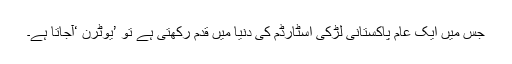
جس میں ایک عام پاکستانی لڑکی اسٹارڈم کی دنیا میں قدم رکھتی ہے تو ’یوٹرن ‘آجاتا ہے۔